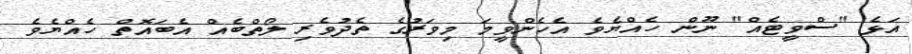
އަޅެ "ސްވީޓެއް" ނޫން ހެއްޔެވެ އެހެންވީމަ މިވަރުގެ ތެދުވެރި ލޯތްބެއް އެބައޮތް ހެއްޔެވެ